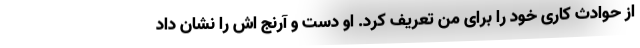
از حوادث کاری خود را برای من تعریف کرد. او دست و آرنج اش را نشان داد